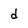
Character: d